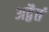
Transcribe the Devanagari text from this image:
अद्वैतं